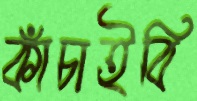
কাঁচাইবি